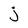
Character: j